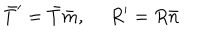
\bar { T } ^ { \prime } = \bar { T } \bar { m } , ~ ~ R ^ { \prime } = R \bar { n }